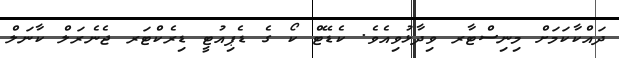
ދައްކާކަމަށް މިނިސްޓާރ ވިދާޅުވިއެވެ. ކެޑޭޓް ކޯ ގެ ޑެޕިއުޓީ ޑިރެކްޓަރ ޖެނެރަލް ކާނަލް